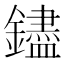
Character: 𬬗